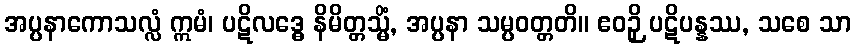
အပ္ပနာကောသလ္လံ ဣမံ၊ ပဋိလဒ္ဓေ နိမိတ္တသ္မိံ, အပ္ပနာ သမ္ပဝတ္တတိ။ ဧဝဉှိ ပဋိပန္နဿ, သစေ သာ